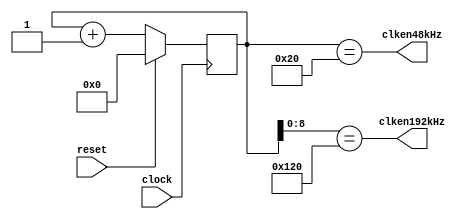
`timescale 1ns / 1ps
//////////////////////////////////////////////////////////////////////////////////
/*
Clock enable generator for the FM Stereo modulator
 
jca@fe.up.pt, Dec 2018

	This Verilog code is property of University of Porto
	Its utilization beyond the scope of the course Digital Systems Design
	(Projeto de Sistemas Digitais) of the Integrated Master in Electrical 
	and Computer Engineering requires explicit authorization from the author.
*/

	module clockenablegen(
              input clock,
			  input reset,
			  output clken48kHz,
			  output clken192kHz
			  );
			  
parameter PULSEPOS_192K =    9'b1_0010_0000;			  
parameter PULSEPOS_48K  = 11'b000_0010_0000;	
/*-------------------------------------------------------------------------
 The two parameters define the relative position of the clock enable pulses
 Using these parameters the clk enable pulses are:
 first clken48kHz appears 32 clock cycles after releasing the reset
 first clken192kHz appears 256 clock cycles the first clken48k pulse
             ___
 reset:  ___|   |________________________________________________________
                 <-  32  ->
                         _                                      _
 en48k:  _______________| |____________________________________| |_______
                         <- 256 ->      <-  512   ->
                                _        _        _        _         _
 en192k: ______________________| |______| |______| |______| |_______| |__
 
--------------------------------------------------------------------------*/		  

reg [10:0] clkdivcount;

always @(posedge clock)
if ( reset )
  clkdivcount <= 10'd0; 
else
  clkdivcount <= clkdivcount + 11'd1;

assign #2 clken192kHz = ( clkdivcount[ 8:0] == PULSEPOS_192K );
assign #2 clken48kHz  = ( clkdivcount[10:0] == PULSEPOS_48K );

endmodule